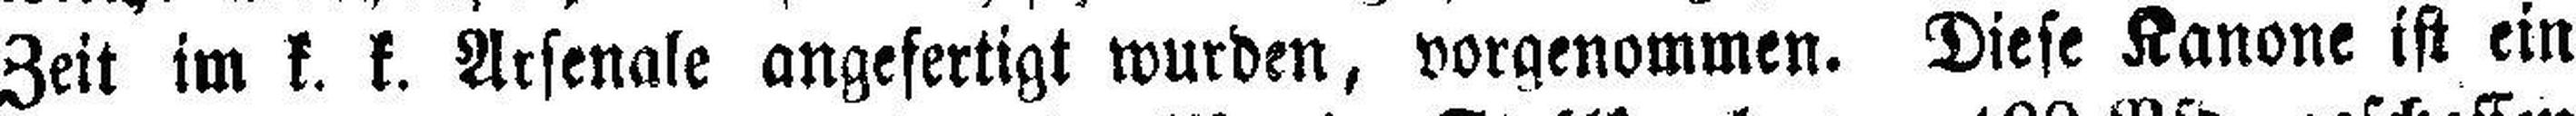
Zeit im k. k. Arsenale angefertigt wurden, vorgenommen. Diese Kanone ist ein